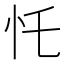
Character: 𢖲